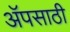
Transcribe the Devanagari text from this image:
अॅपसाठी